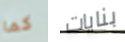
كما بنايات